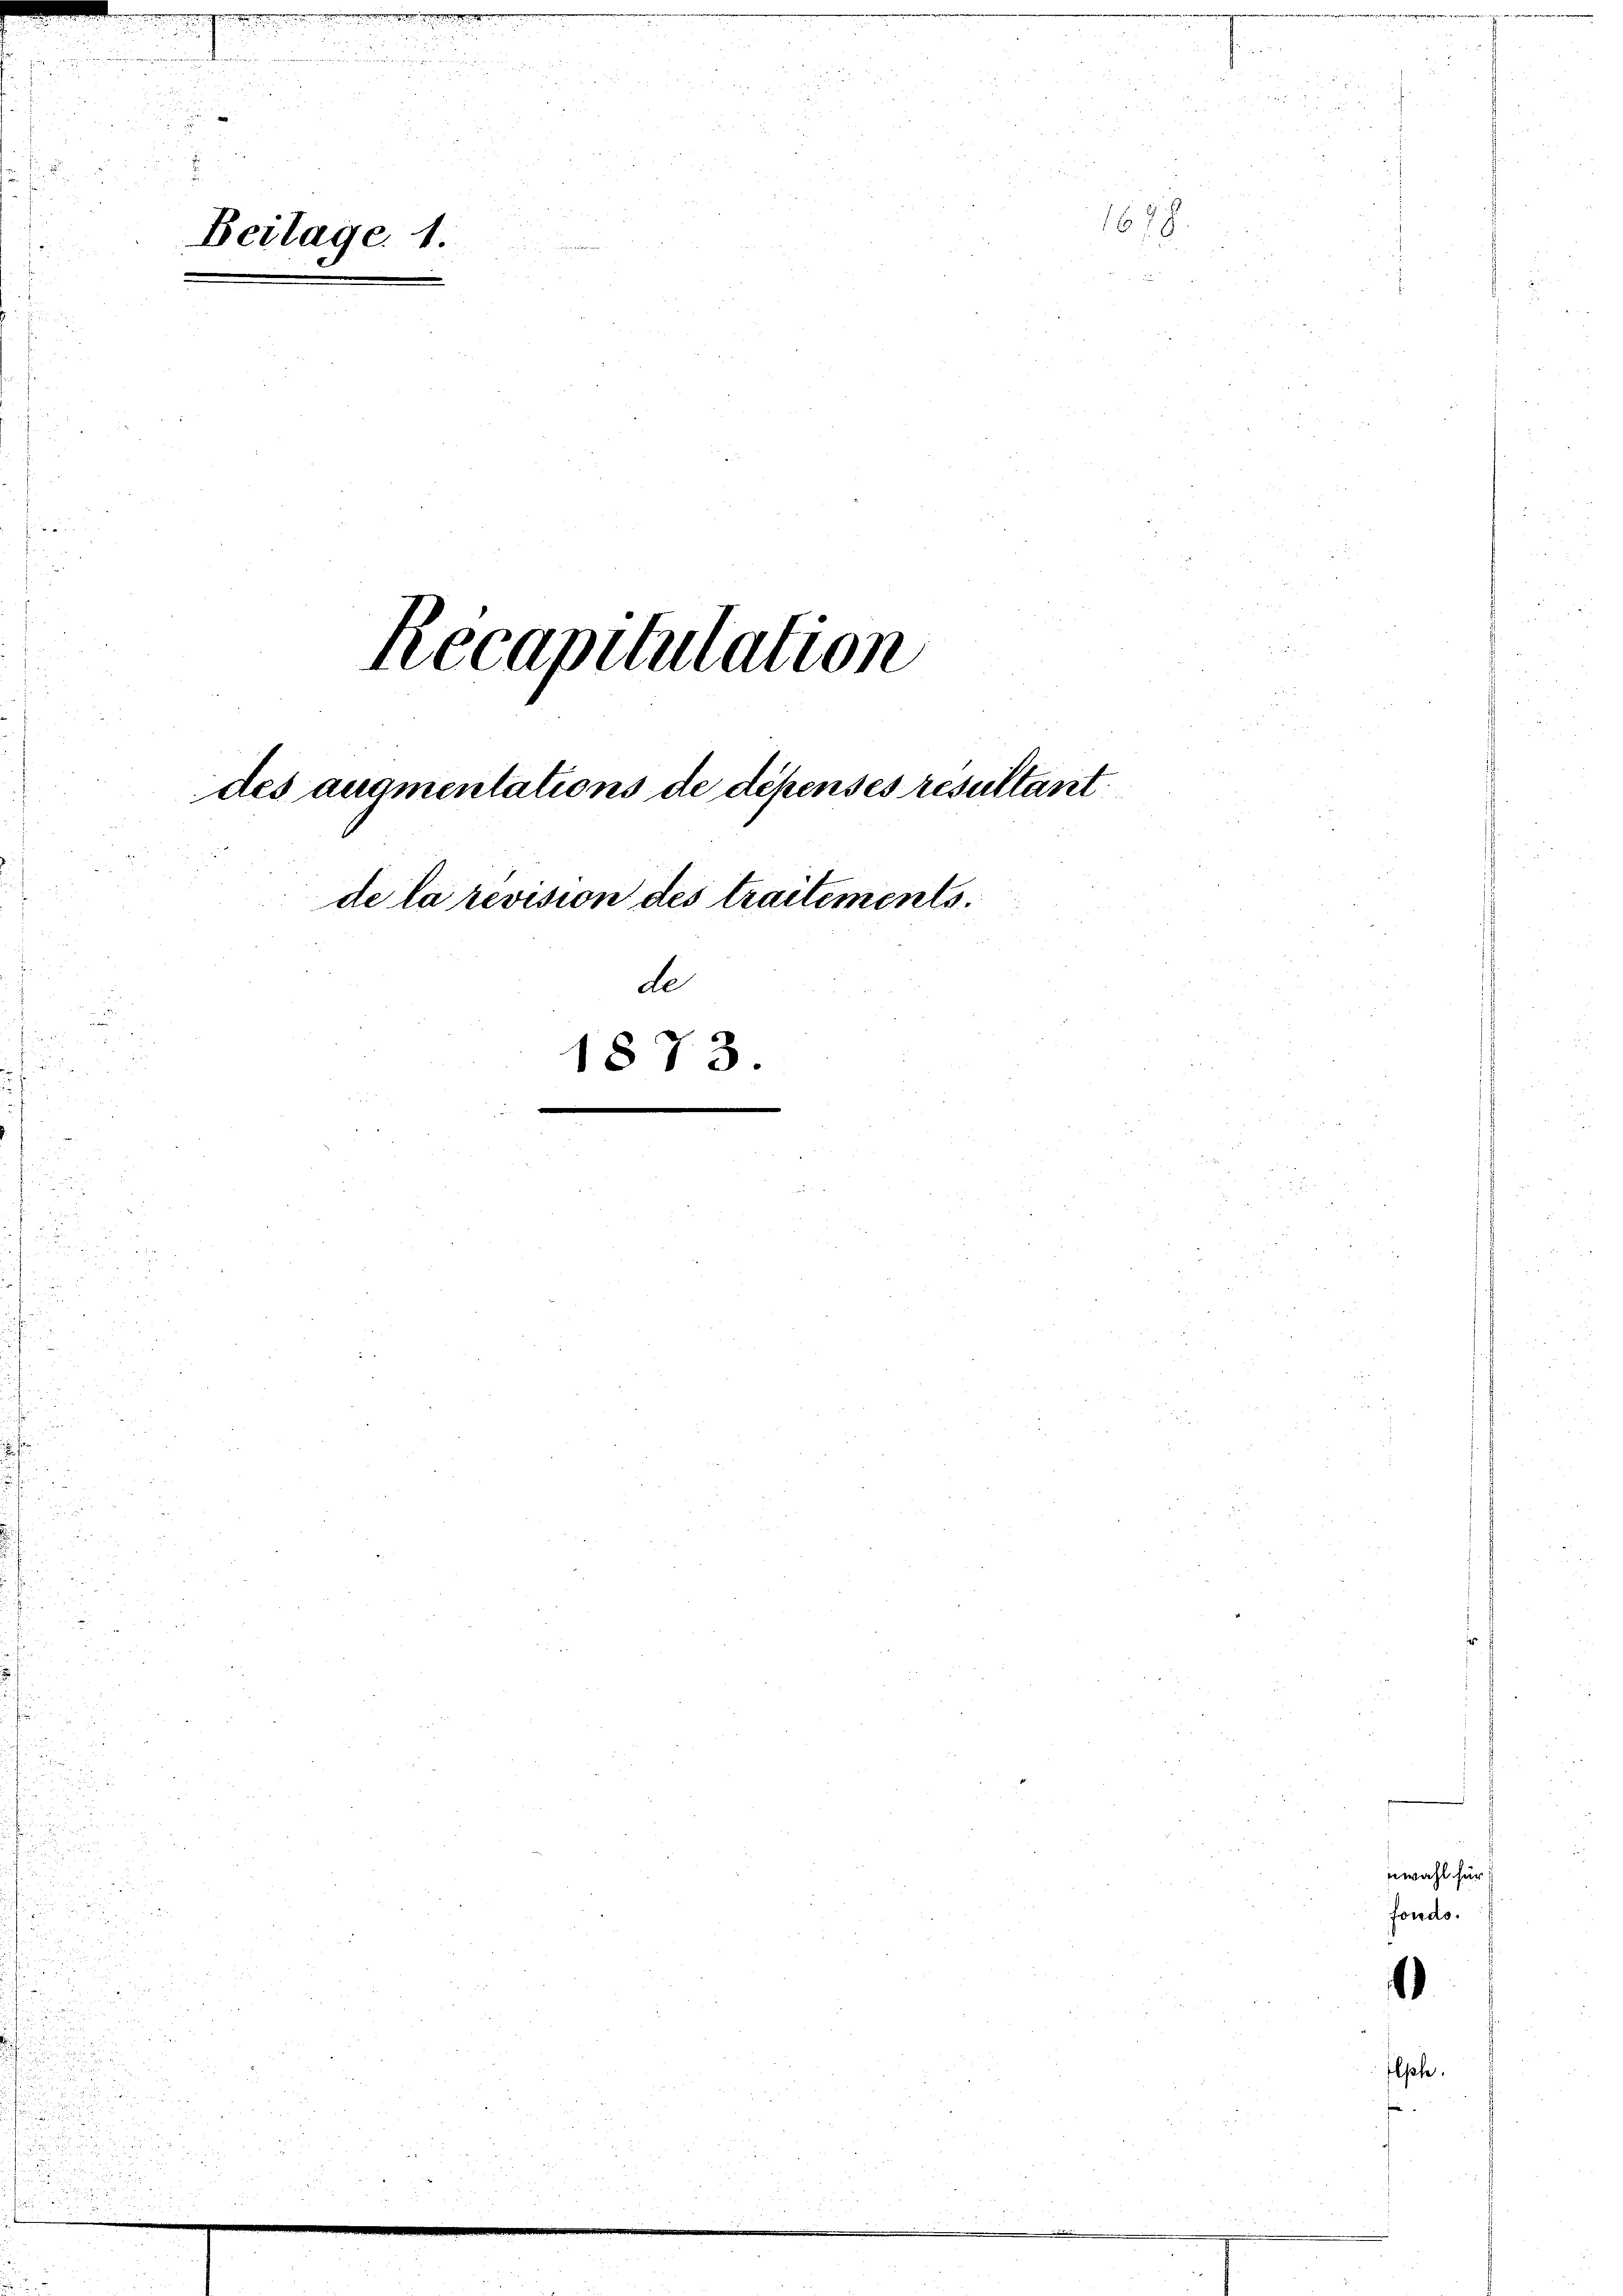
.
Beilage. 1.

Recapitulation
des augmentations de dépenses resultant
de la revision des traitements.
de
1873.

1678

wahl für
fondo.

)

lphe.